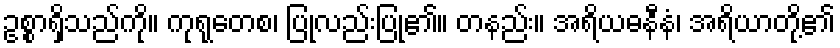
ဥစ္စာရှိသည်ကို။ ကုရုတေစ၊ ပြုလည်းပြု၏။ တနည်း။ အရိယဓနီနံ၊ အရိယာတို့၏